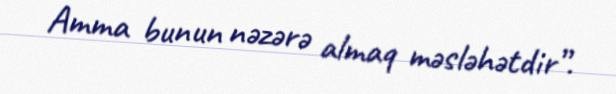
Amma bunun nəzərə almaq məsləhətdir”.